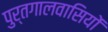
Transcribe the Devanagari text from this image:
पुर्तगालवासियों